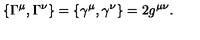
\{ \Gamma ^ { \mu } , \Gamma ^ { \nu } \} = \{ \gamma ^ { \mu } , \gamma ^ { \nu } \} = 2 g ^ { \mu \nu } .